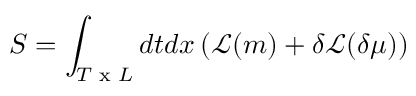
S = \int _ { T \textrm { x } L } d t d x \left( { \cal { \mathcal { L } } } ( m ) + \delta { \cal { \mathcal { L } } } ( \delta \mu ) \right)